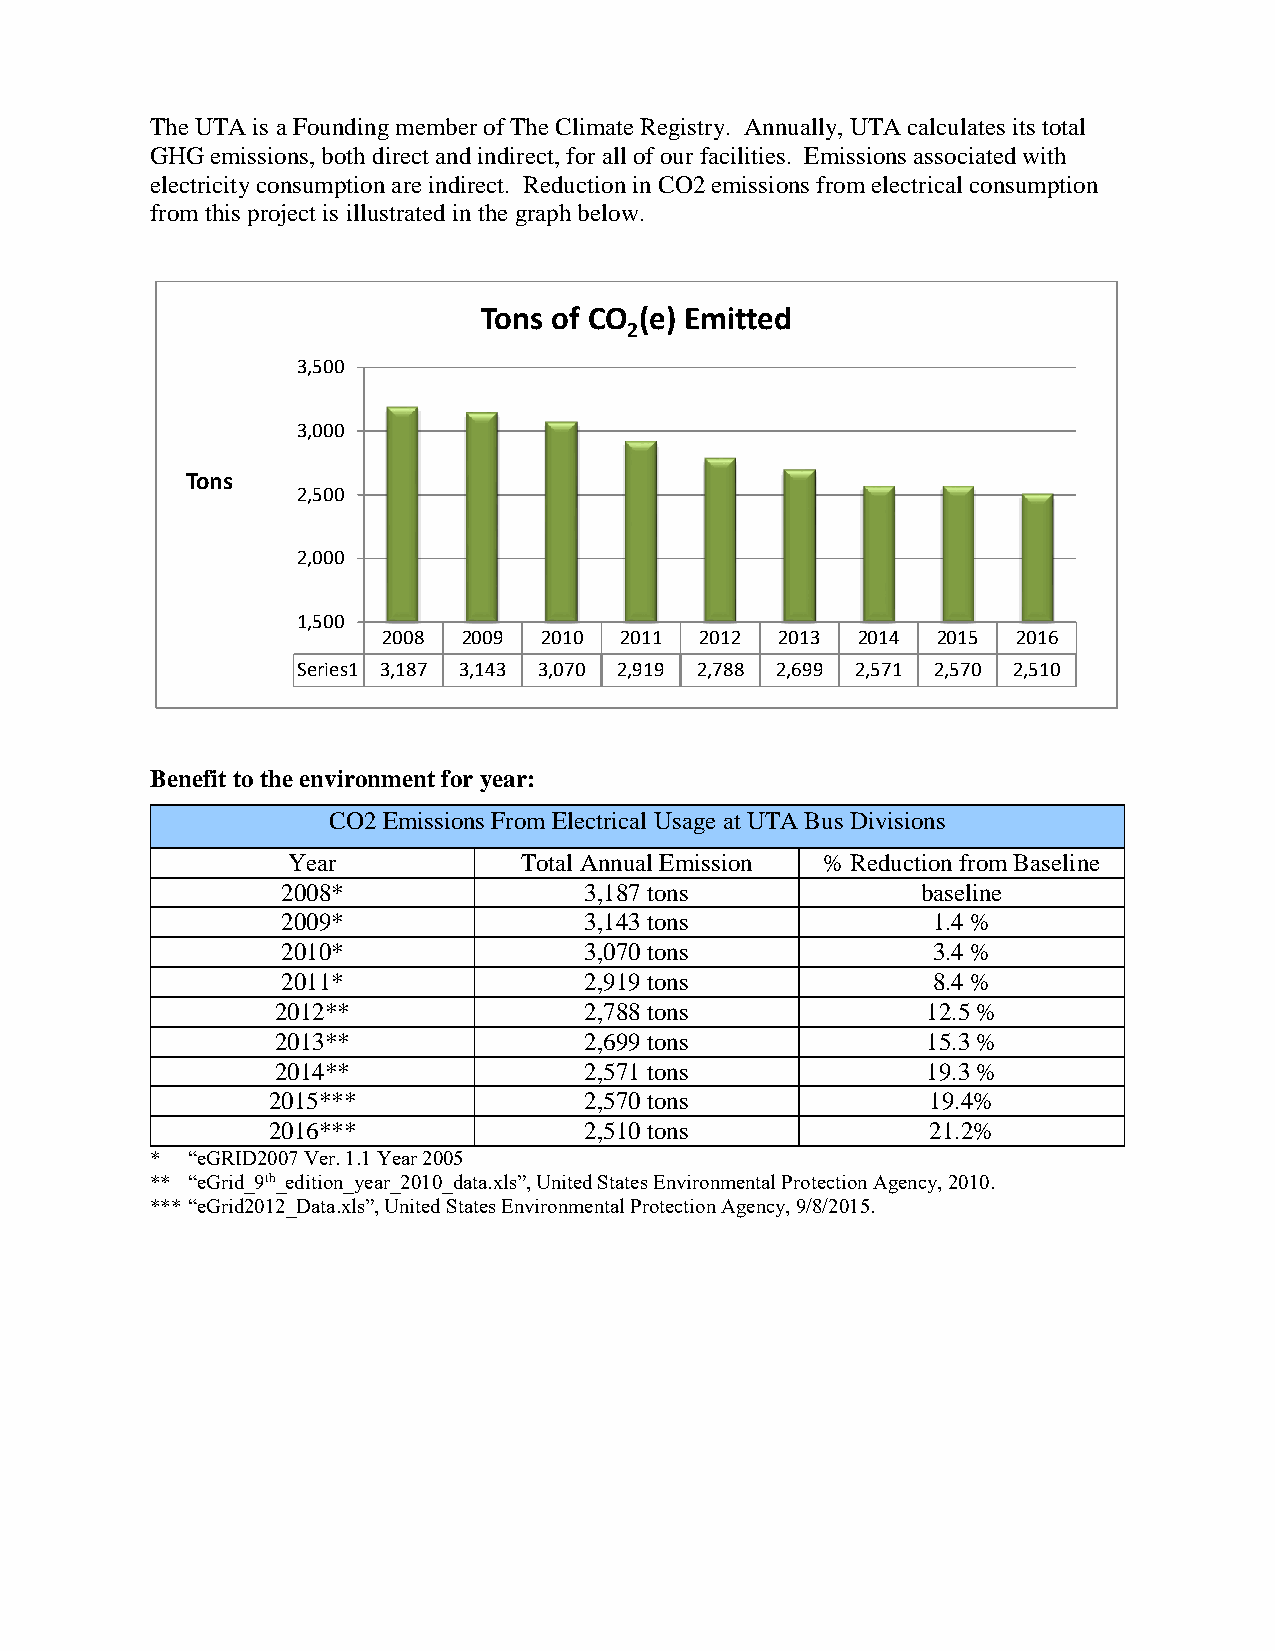
The UTA is a Founding member of The Climate Registry. Annually, UTA calculates its total
 GHG emissions, both direct and indirect, for all of our facilities. Emissions associated with
 electricity consumption are indirect. Reduction in CO2 emissions from electrical consumption
 from this project is illustrated in the graph below.
 Tons of CO (e) Emitted
 2
 3,500
 3,000
 Tons
 2,500
 2,000
 1,500
 2008  2009 2010 2011 2012  2013 2014 2015 2016
 Series1 3,187 3,143 3,070 2,919 2,788 2,699 2,571 2,570 2,510
 Benefit to the environment for year:
 CO2 Emissions From Electrical Usage at UTA Bus Divisions
 Year           Total Annual Emission % Reduction from Baseline
 2008*               3,187 tons            baseline
 2009*               3,143 tons             1.4 %
 2010*               3,070 tons             3.4 %
 2011*               2,919 tons             8.4 %
 2012**               2,788 tons            12.5 %
 2013**               2,699 tons            15.3 %
 2014**               2,571 tons            19.3 %
 2015***              2,570 tons             19.4%
 2016***              2,510 tons             21.2%
 * “eGRID2007 Ver. 1.1 Year 2005
 ** “eGrid_9th_edition_year_2010_data.xls”, United States Environmental Protection Agency, 2010.
 *** “eGrid2012_Data.xls”, United States Environmental Protection Agency, 9/8/2015.